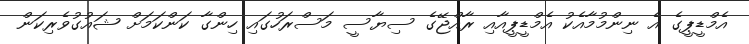
އެމްޑީޕީގެ އެ ނިންމުމާއެކު އެމްޑީޕީއާއި ރާއްޖޭގެ ސިޔާސީ މަސްރަހުގައި ހިންގާ ކަންކަމަށް ޝައުގުވެރިކަން